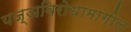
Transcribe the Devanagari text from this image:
यज्ञविरोधामागील